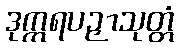
ဒုက္ကရပဉှာသုတ္တံ